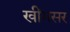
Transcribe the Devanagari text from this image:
खींमसर